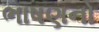
ભાષણનો